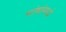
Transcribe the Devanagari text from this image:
भांषांमध्ये